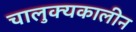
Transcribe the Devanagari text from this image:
चालुक्‍यकालीन